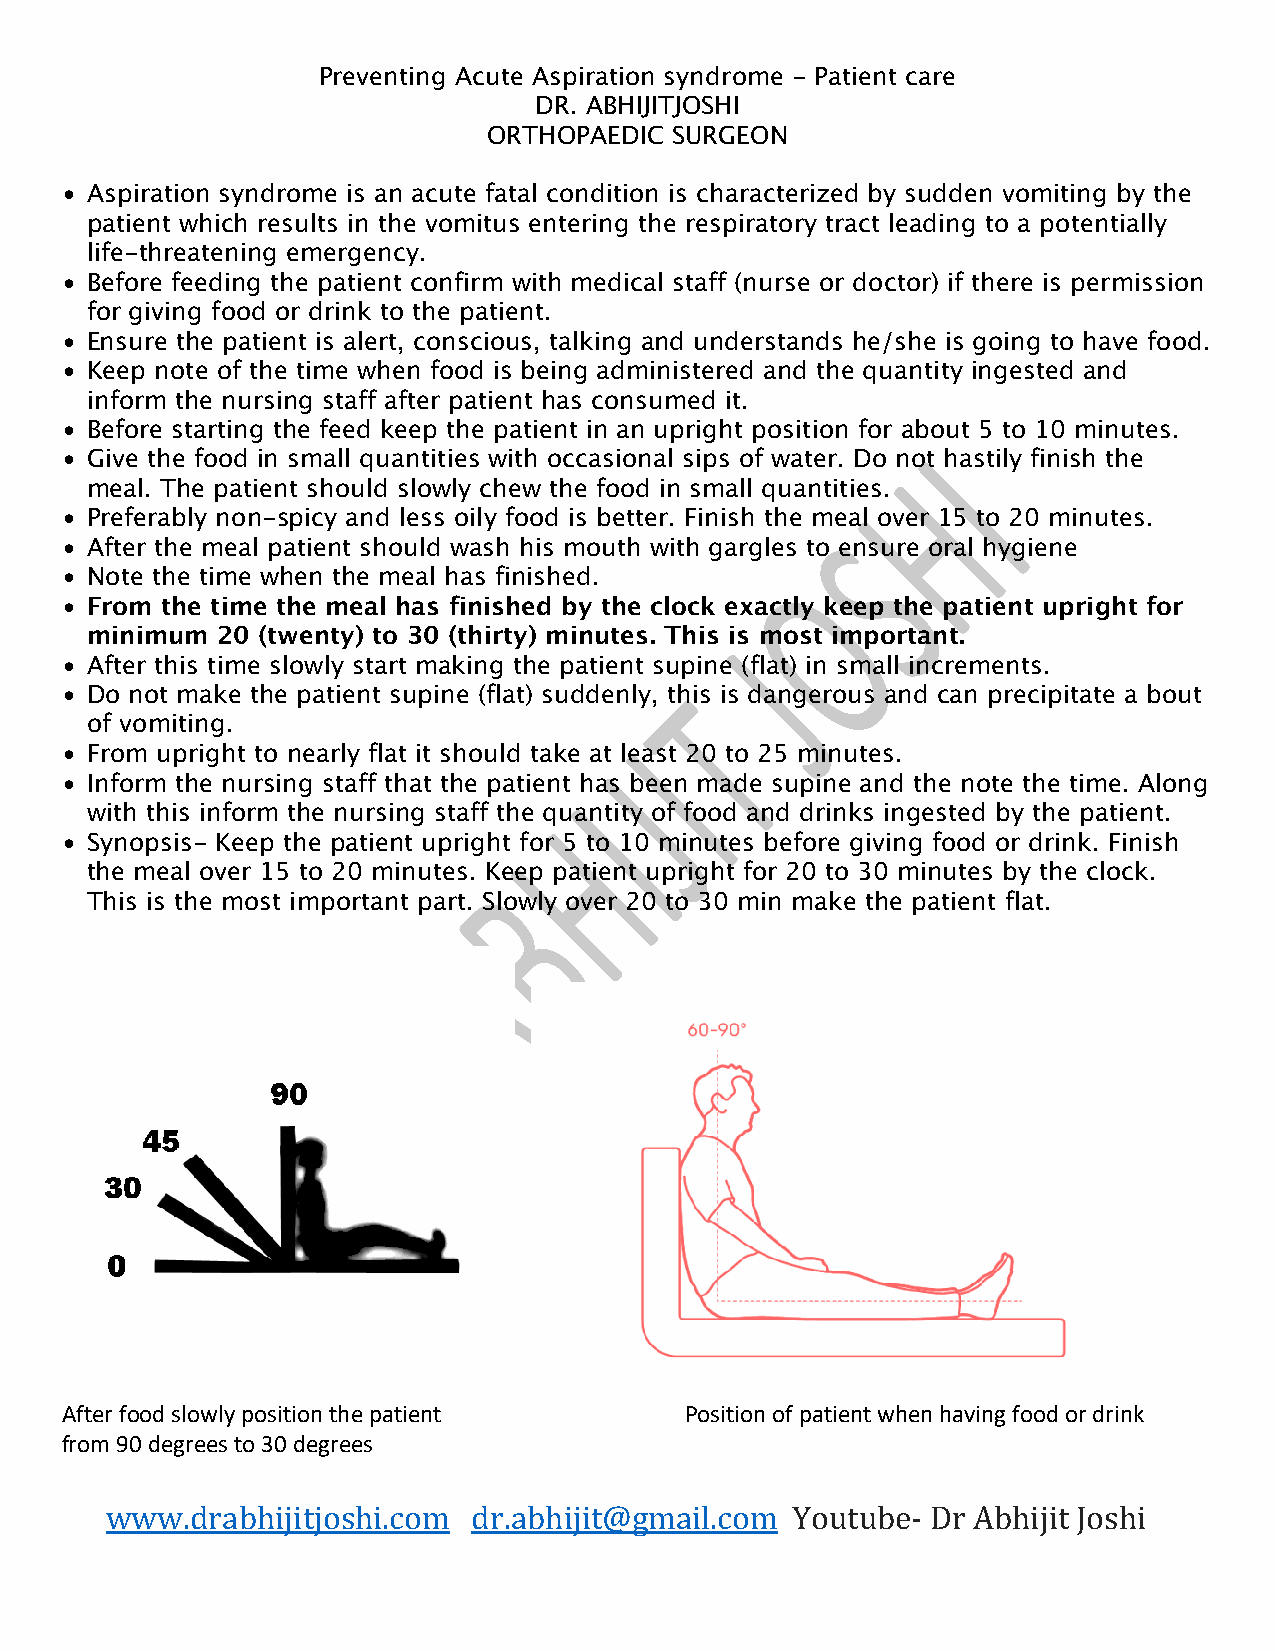
Preventing Acute Aspiration syndrome - Patient care
 DR. ABHIJITJOSHI
 ORTHOPAEDIC SURGEON
 • Aspiration syndrome is an acute fatal condition is characterized by sudden vomiting by the
 patient which results in the vomitus entering the respiratory tract leading to a potentially
 life-threatening emergency.
 • Before feeding the patient confirm with medical staff (nurse or doctor) if there is permission
 for giving food or drink to the patient.
 • Ensure the patient is alert, conscious, talking and understands he/she is going to have food.
 • Keep note of the time when food is being administered and the quantity ingested and
 inform the nursing staff after patient has consumed it.
 • Before starting the feed keep the patient in an upright position for about 5 to 10 minutes.
 • Give the food in small quantities with occasional sips of water. Do not hastily finish the
 meal. The patient should slowly chew the food in small quantities.
 • Preferably non-spicy and less oily food is better. Finish the meal over 15 to 20 minutes.
 • After the meal patient should wash his mouth with gargles to ensure oral hygiene
 • Note the time when the meal has finished.
 • From the time the meal has finished by the clock exactly keep the patient upright for
 minimum 20 (twenty) to 30 (thirty) minutes. This is most important.
 • After this time slowly start making the patient supine (flat) in small increments.
 • Do not make the patient supine (flat) suddenly, this is dangerous and can precipitate a bout
 of vomiting.
 • From upright to nearly flat it should take at least 20 to 25 minutes.
 • Inform the nursing staff that the patient has been made supine and the note the time. Along
 with this inform the nursing staff the quantity of food and drinks ingested by the patient.
 • Synopsis- Keep the patient upright for 5 to 10 minutes before giving food or drink. Finish
 the meal over 15 to 20 minutes. Keep patient upright for 20 to 30 minutes by the clock.
 This is the most important part. Slowly over 20 to 30 min make the patient flat.
 After food slowly position the patient   Position of patient when having food or drink
 from 90 degrees to 30 degrees
 www.drabhijitjoshi.com  dr.abhijit@gmail.com Youtube-  Dr Abhijit Joshi